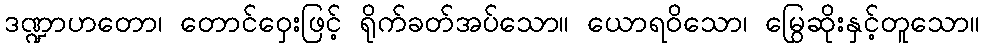
ဒဏ္ဍာဟတော၊ တောင်ဝှေးဖြင့် ရိုက်ခတ်အပ်သော။ ယောရဝိသော၊ မြွေဆိုးနှင့်တူသော။